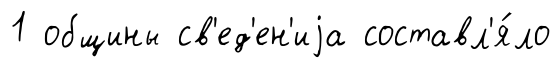
1 общины св'ед'ен'иjа составл'я́ло